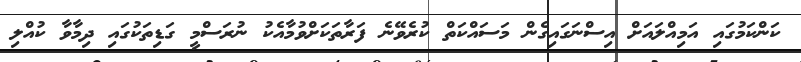
ކަންކަމުގައި އަމިއްލައަށް އިސްނަގައިގެން މަސައްކަތް ކުރެވޭނެ ފަރާތަކަށްވުމާއެކު ނުރަސްމީ ގަޑިތަކުގައި ދިމާވާ ކުއްލި